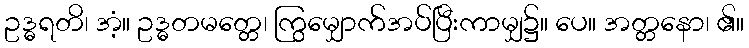
ဥဒ္ဓရတိ၊ အံ့။ ဥဒ္ဓတမတ္တေ၊ ကြွမျှောက်အပ်ပြီးကာမျှ၌။ ပေ။ အတ္တနော၊ ၏။